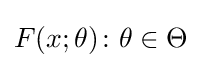
F(x;\theta )\colon \theta \in \Theta